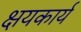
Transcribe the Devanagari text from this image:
क्षयकार्य